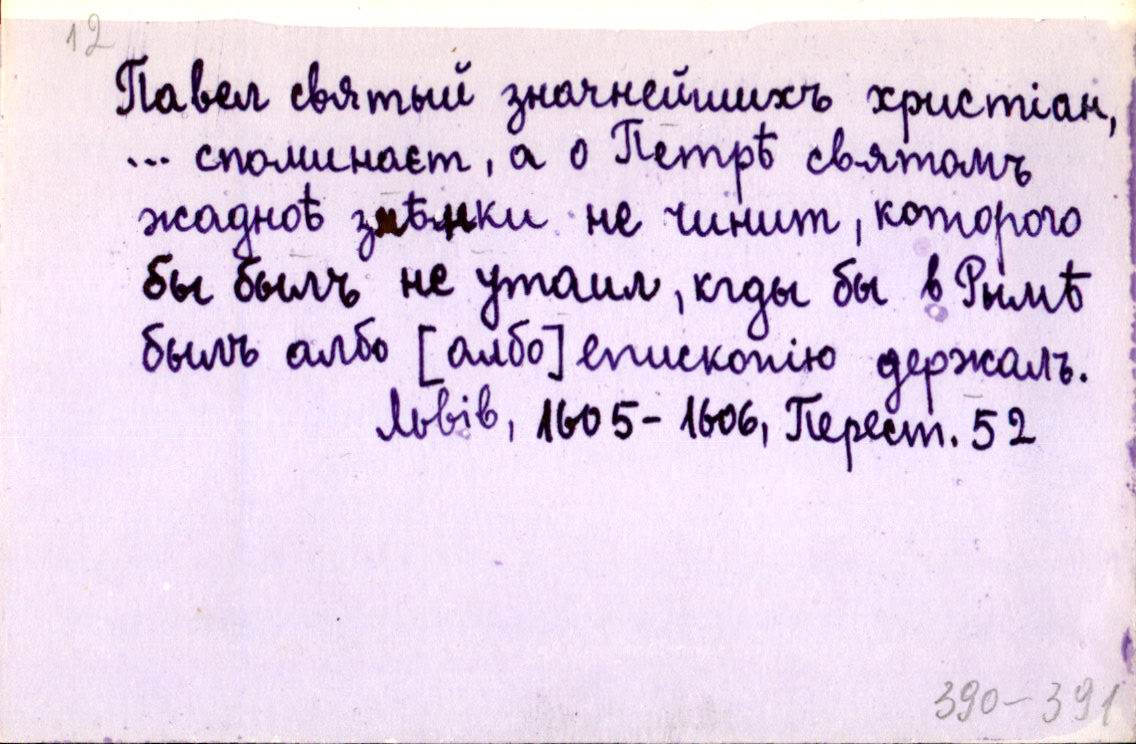
Павел святый значнейшихъ христіан,
… споминаєт, а о Петрѣ святомъ
жадноѣ змѣнки не чинит, которого
бы былъ не утаил, кды бы в Рымѣ
былъ албо [албо] епископію держалъ.
Львів, 1605-1606, Перест. 52